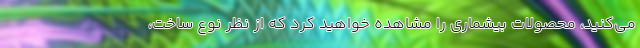
می‌کنید، محصولات بیشماری را مشاهده خواهید کرد که از نظر نوع ساخت،